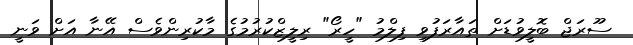
ސޫރަޖް ބޮލީވުޑަށް ތައާރަފުވި ފިލްމު "ހީރޯ" ރިލީޒްކުރުމުގެ މާކުރިންވެސް އޭނާ އަށް ވަނީ